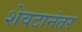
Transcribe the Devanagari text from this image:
शेवटानंतर